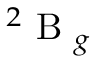
^ 2 \mathrm { ~ B ~ } _ { g }